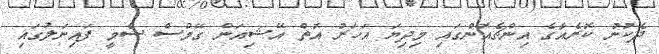
ދެކުނު ކޮރެއާގެ އިންޗެއޮންގައި މިދިޔަ އަހަރު އޮތް އޭޝިއަން ގޭމްސް ސެމީ ފައިނަލުގައި